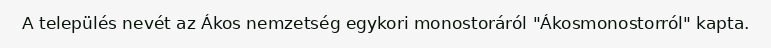
A település nevét az Ákos nemzetség egykori monostoráról "Ákosmonostorról" kapta.